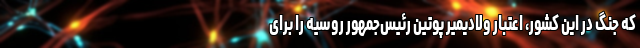
که جنگ در این کشور، اعتبار ولادیمیر پوتین رئیس‌جمهور روسیه را برای